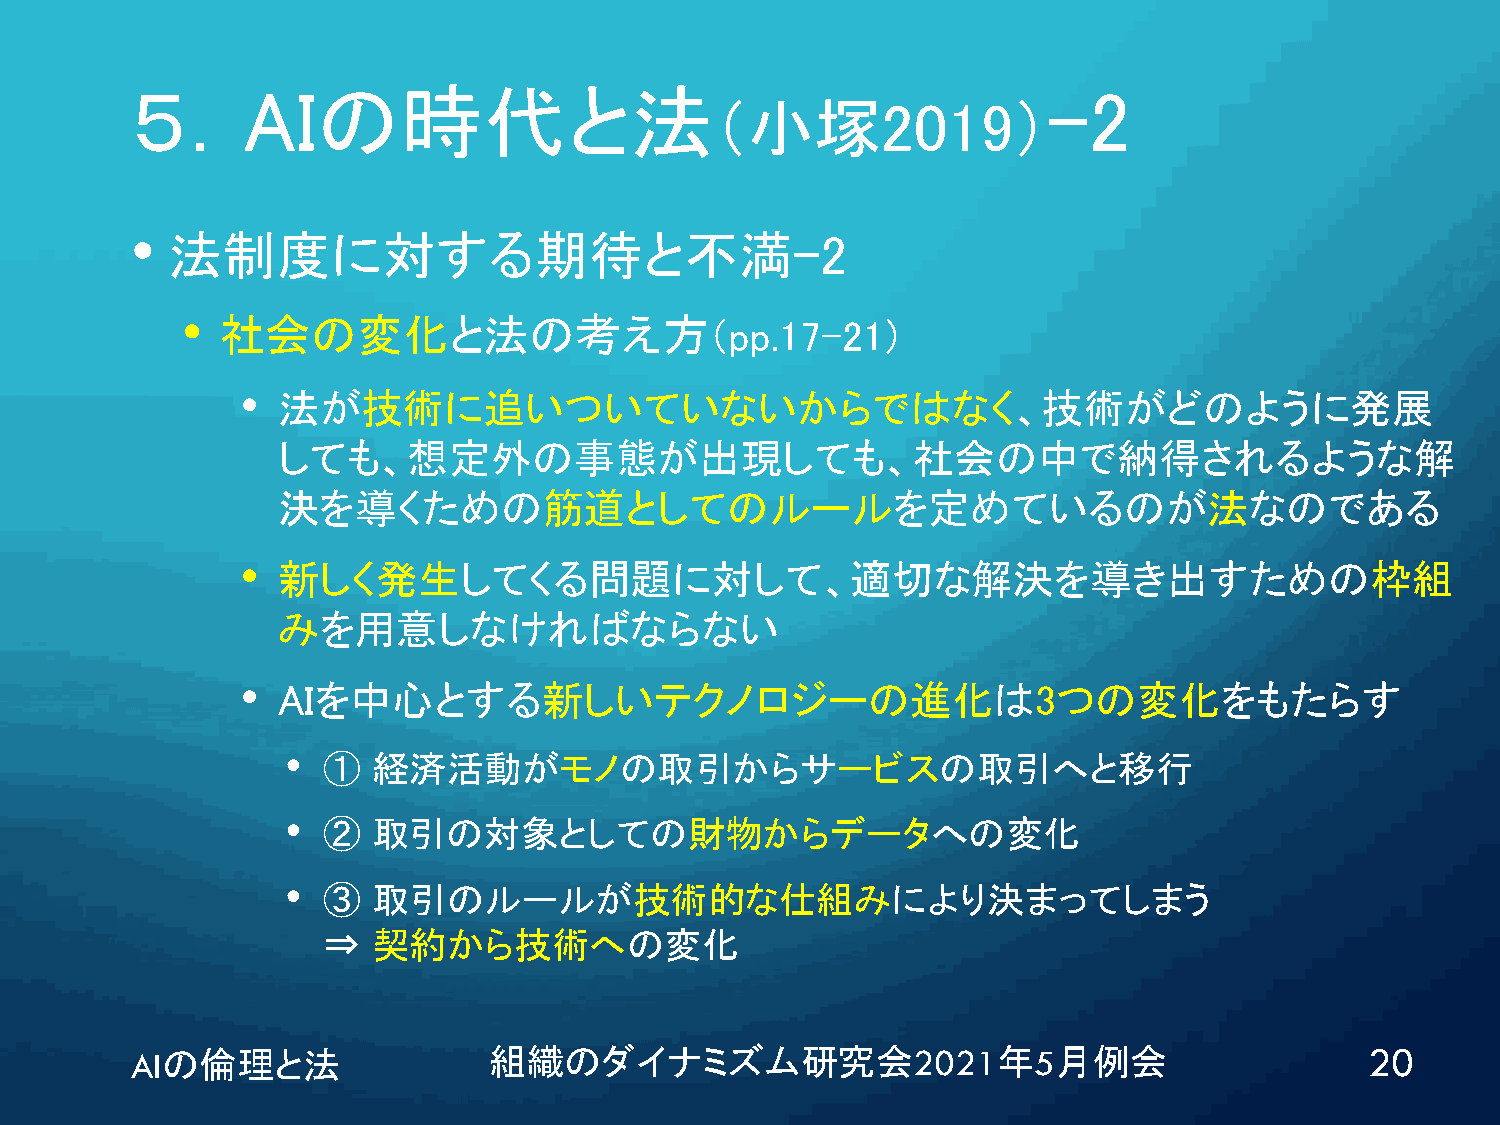
５．AIの時代と法                                                   -2
 （小塚2019）
 •
 法制度に対する期待と不満-2
 •  社会の変化と法の考え方（pp.17-21）
 • 法が技術に追いついていないからではなく、技術がどのように発展
 しても、想定外の事態が出現しても、社会の中で納得されるような解
 決を導くための筋道としてのルールを定めているのが法なのである
 • 新しく発生してくる問題に対して、適切な解決を導き出すための枠組
 みを用意しなければならない
 • AIを中心とする新しいテクノロジーの進化は3つの変化をもたらす
 • ①   経済活動がモノの取引からサービスの取引へと移行
 • ②   取引の対象としての財物からデータへの変化
 • ③   取引のルールが技術的な仕組みにより決まってしまう
 ⇒   契約から技術への変化
 AIの倫理と法                組織のダイナミズム研究会2021年5月例会                                      20